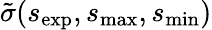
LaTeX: \tilde{\sigma}(s_{\mathrm{{exp}}},s_{\operatorname*{max}},s_{\operatorname*{min}})